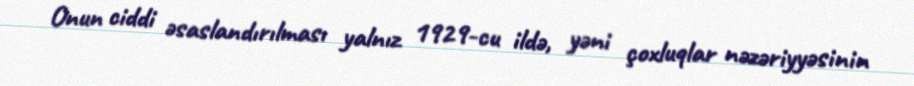
Onun ciddi əsaslandırılması yalnız 1929-cu ildə, yəni çoxluqlar nəzəriyyəsinin